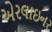
એરલાઇનર